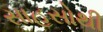
સાહસોથી